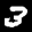
Label: 3